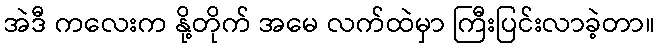
အဲဒီ ကလေးက နို့တိုက် အမေ လက်ထဲမှာ ကြီးပြင်းလာခဲ့တာ။